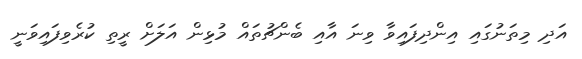
އަދި މިތަނުގައި އިންދިފައިވާ ވިނަ އާއި ބެންޗުތައް މުޅިން އަލަށް ރީތި ކުރެވިފައިވަނީ